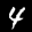
Label: 4